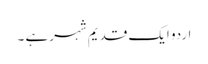
اردو ایک قدیم شہر ہے ۔